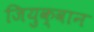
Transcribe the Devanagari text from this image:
जियुक्वान